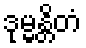
ဒုမ္မန္တိတံ